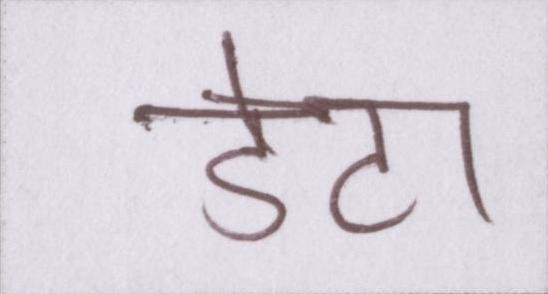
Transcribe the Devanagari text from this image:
डेटा